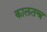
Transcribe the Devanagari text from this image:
कालतन्त्र